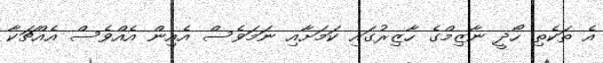
އެ ތަކެތި ހޯދީ ނާޒިމްގެ ހާޒިރުގައި ކަމަށާއި ނަމަވެސް އެއިން އެއްވެސް އެއްޗަކާ